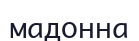
мадонна